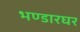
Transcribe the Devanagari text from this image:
भण्डारघर